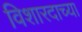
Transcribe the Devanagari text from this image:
विशारदाच्या